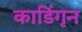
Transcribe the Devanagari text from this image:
कार्डिगृन